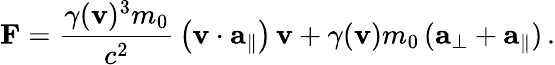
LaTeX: \mathbf{F}={\frac{\gamma(\mathbf{v})^{3}m_{0}}{c^{2}}}\left(\mathbf{v}\cdot\mathbf{a}_{\parallel}\right)\, \mathbf{v}+\gamma(\mathbf{v})m_{0}\, (\mathbf{a}_{\perp}+\mathbf{a}_{\parallel})\, .